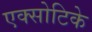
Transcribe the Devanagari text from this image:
एक्सोटिके